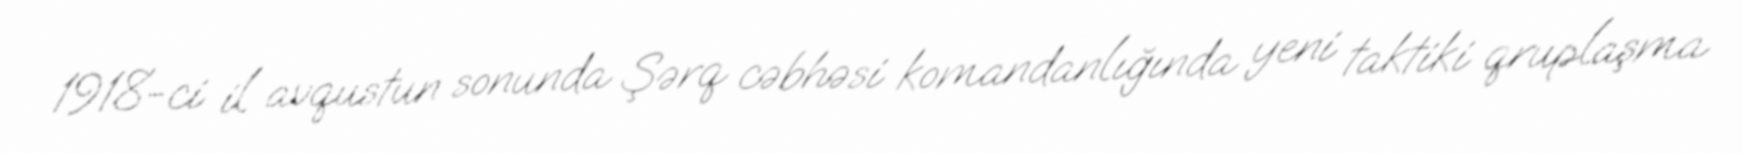
1918-ci il avqustun sonunda Şərq cəbhəsi komandanlığında yeni taktiki qruplaşma